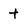
Character: t